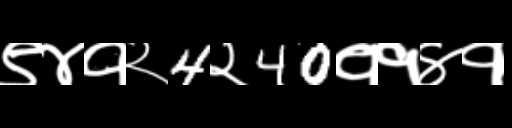
Text: ९४१२4२40११४१